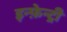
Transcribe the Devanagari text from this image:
इन्फ़ेन्ट्री